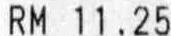
RM 11.25